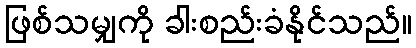
ဖြစ်သမျှကို ခါးစည်းခံနိုင်သည်။